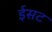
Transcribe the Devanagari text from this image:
ईसट